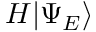
H | \Psi _ { E } \rangle